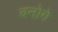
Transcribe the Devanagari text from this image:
बनोगे